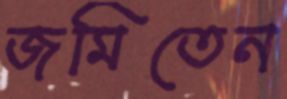
জমিতেন